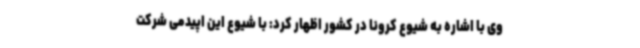
وی با اشاره به شیوع کرونا در کشور اظهار کرد: با شیوع این اپیدمی شرکت